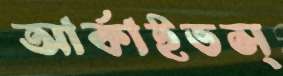
আর্কাইভস্